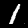
Label: 1